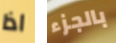
اذا بالجزء